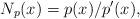
LaTeX: \begin{align*}~N_p(x)=p(x)/p'(x),\end{align*}